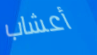
أعشاب